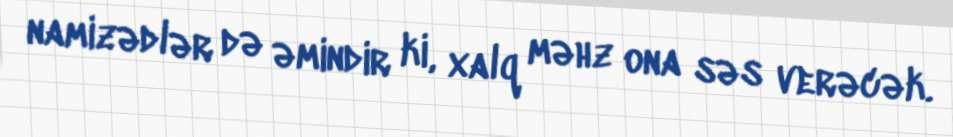
namizədlər də əmindir ki, xalq məhz ona səs verəcək.